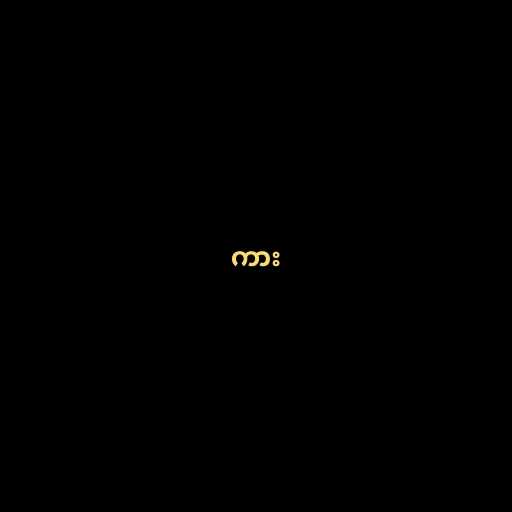
ကား